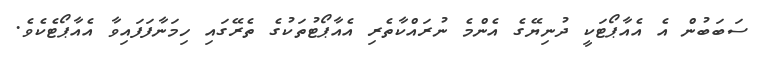
ސަބަބުން އެ އެއާޕޯޓަކީ ދުނިޔޭގެ އެންމެ ނުރައްކާތެރި އެއާޕޯޓުތަކުގެ ތެރޭގައި ހިމަނާފަފައިވާާ އެއާޕޯޓެކެވެ.